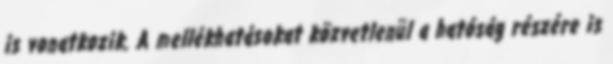
is vonatkozik. A mellékhatásokat közvetlenül a hatóság részére is